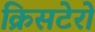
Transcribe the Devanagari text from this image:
क्रिसटेरो